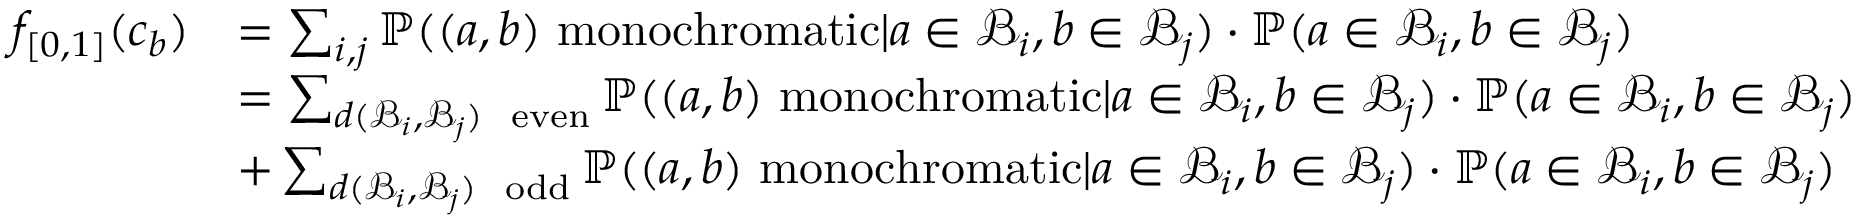
\begin{array} { r l } { f _ { [ 0 , 1 ] } ( c _ { b } ) } & { = \sum _ { i , j } \mathbb { P } ( ( a , b ) \mathrm { ~ m o n o c h r o m a t i c } | a \in \mathcal { B } _ { i } , b \in \mathcal { B } _ { j } ) \cdot \mathbb { P } ( a \in \mathcal { B } _ { i } , b \in \mathcal { B } _ { j } ) } \\ & { = \sum _ { d ( \mathcal { B } _ { i } , \mathcal { B } _ { j } ) \mathrm { ~ \scriptsize ~ e v e n } } \mathbb { P } ( ( a , b ) \mathrm { ~ m o n o c h r o m a t i c } | a \in \mathcal { B } _ { i } , b \in \mathcal { B } _ { j } ) \cdot \mathbb { P } ( a \in \mathcal { B } _ { i } , b \in \mathcal { B } _ { j } ) } \\ & { + \sum _ { d ( \mathcal { B } _ { i } , \mathcal { B } _ { j } ) \mathrm { ~ \scriptsize ~ o d d } } \mathbb { P } ( ( a , b ) \mathrm { ~ m o n o c h r o m a t i c } | a \in \mathcal { B } _ { i } , b \in \mathcal { B } _ { j } ) \cdot \mathbb { P } ( a \in \mathcal { B } _ { i } , b \in \mathcal { B } _ { j } ) } \end{array}